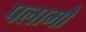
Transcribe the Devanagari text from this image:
पलामौ